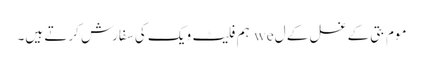
موم بتی کے غسل کے ل we ہم فلیٹ ویک کی سفارش کرتے ہیں۔